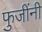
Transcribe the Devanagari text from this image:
फुजींनी